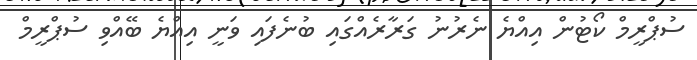
ސުޕްރީމް ކޯޓުން އިއްޔެ ނެރުނު ގަރާރެއްގައި ބުނެފައި ވަނީ އިއްޔެ ބޭއްވި ސުޕްރީމް